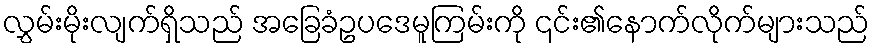
လွှမ်းမိုးလျက်ရှိသည် အခြေခံဥပဒေမူကြမ်းကို ၎င်း၏နောက်လိုက်များသည်